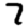
Digit: 7